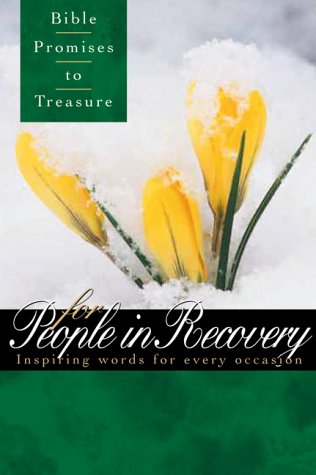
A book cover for Bible Promises to Treasure for People in Recovery: Inspiring Words for Every Occasion : Green Leather; Christian Books & Bibles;